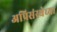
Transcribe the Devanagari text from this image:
अप्रिसंस्थेच्या